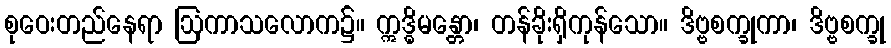
စုဝေးတည်နေရာ ဩကာသလောက၌။ ဣဒ္ဓိမန္တော၊ တန်ခိုးရှိကုန်သော။ ဒိဗ္ဗစက္ခုကာ၊ ဒိဗ္ဗစက္ခု